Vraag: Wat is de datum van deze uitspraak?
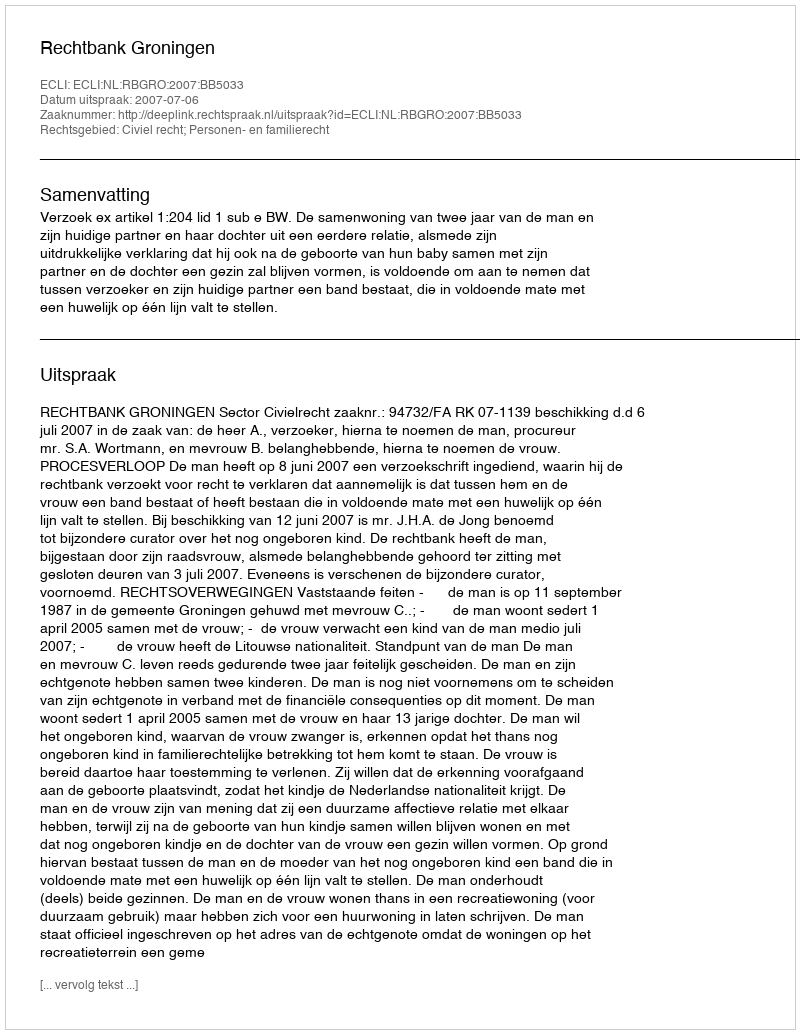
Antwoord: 2007-07-06